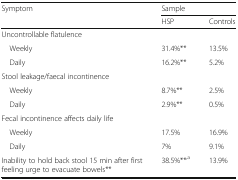
| Symptom | <COLSPAN=2> Sample |
 |  | HSP | Controls |
 | --- | --- | --- |
 | <COLSPAN=3> Uncontrollable flatulence |
 | Weekly | 31.4%** | 13.5% |
 | Daily | 16.2%** | 5.2% |
 | <COLSPAN=3> Stool leakage/faecal incontinence |
 | Weekly | 8.7%** | 2.5% |
 | Daily | 2.9%** | 0.5% |
 | <COLSPAN=3> Fecal incontinence affects daily life |
 | Weekly | 17.5% | 16.9% |
 | Daily | 7% | 9.1% |
 | Inability to hold back stool 15 min after first feeling urge to evacuate bowels** | 38.5%**,a | 13.9% |